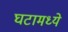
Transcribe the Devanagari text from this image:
घटामध्ये